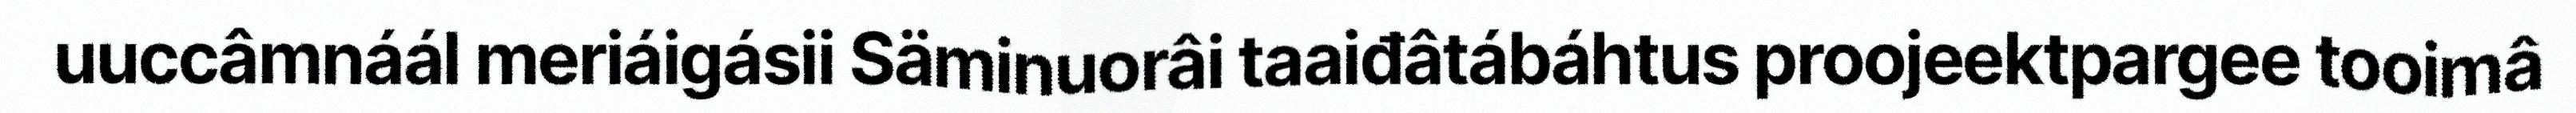
uuccâmnáál meriáigásii Säminuorâi taaiđâtábáhtus proojeektpargee tooimâ